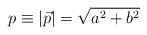
\begin{align*}p\equiv |\vec{p}|=\sqrt{a^2+b^2}\end{align*}